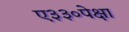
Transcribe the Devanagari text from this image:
ए३३०पेक्षा